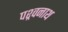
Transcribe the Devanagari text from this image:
पश्र्वनाथ